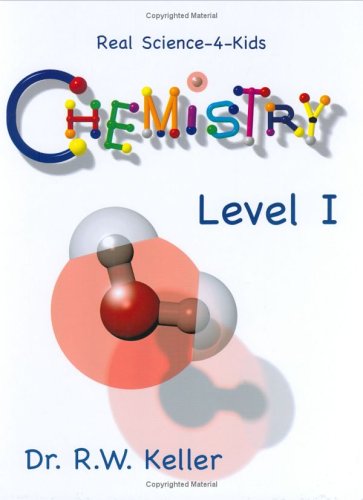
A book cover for Real Science-4-Kids Chemistry Level 1 Student Text; Dr. Rebecca W. Keller; Children's Books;